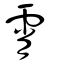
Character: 霄